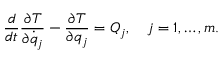
{ \frac { d } { d t } } { \frac { \partial T } { \partial { \dot { q } } _ { j } } } - { \frac { \partial T } { \partial q _ { j } } } = Q _ { j } , \quad j = 1 , \ldots , m .